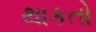
થાકતો